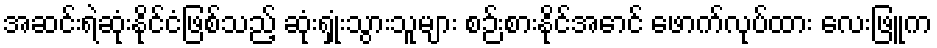
အဆင်းရဲဆုံးနိုင်ငံဖြစ်သည့် ဆုံးရှုံးသွားသူများ စဉ်းစားနိုင်အောင် ဖောက်လုပ်ထား လေးဖြူက